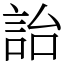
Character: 詒